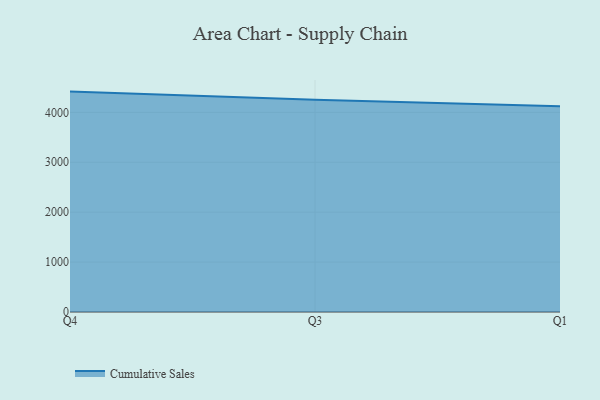
{"axis": {"x": "Quarter", "y": "Backlog"}, "legend": ["Cumulative Sales"], "data": [{"x": "Q4", "y": 4415.7, "type": "Cumulative Sales"}, {"x": "Q3", "y": 4254.5, "type": "Cumulative Sales"}, {"x": "Q1", "y": 4122.6, "type": "Cumulative Sales"}]}